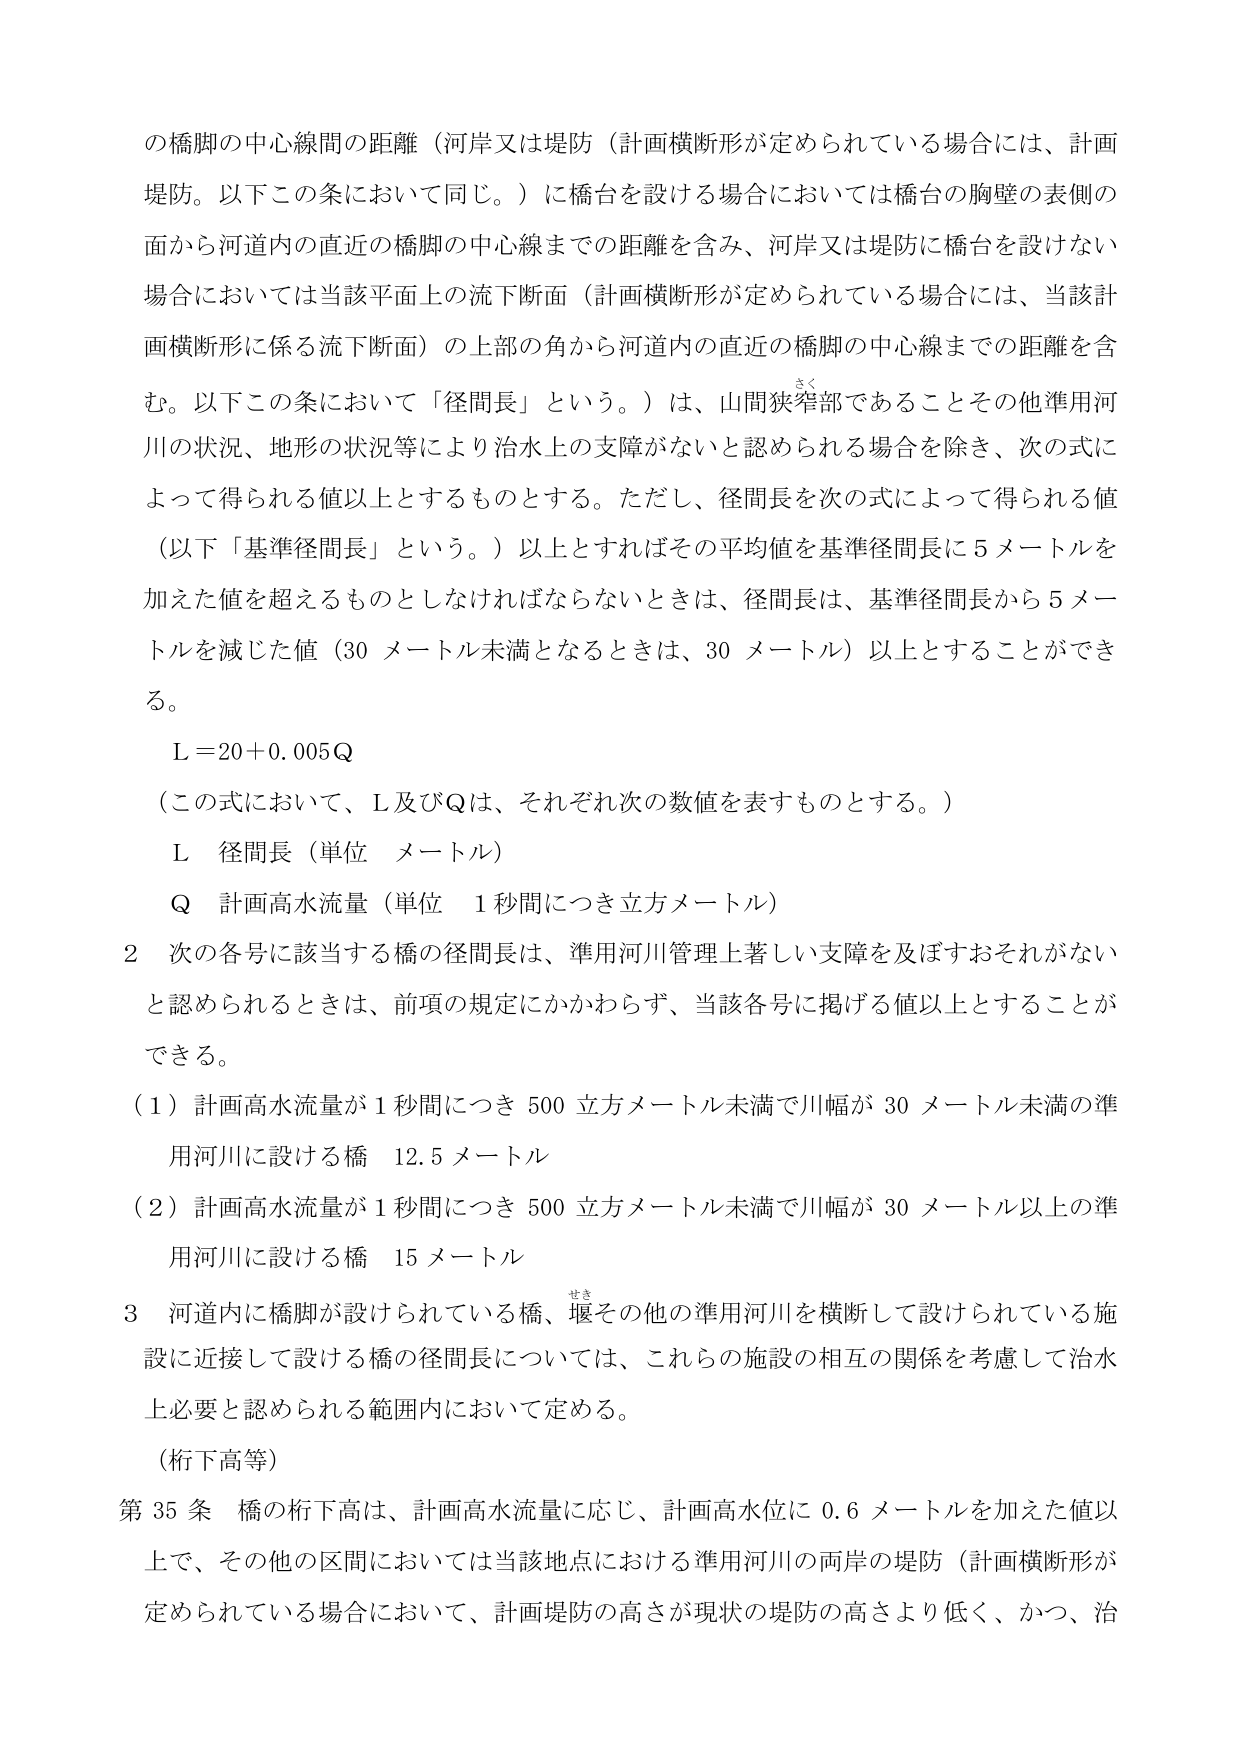
の橋脚の中心線間の距離（河岸又は堤防（計画横断形が定められている場合には、計画堤防。以下この条において同じ。）に橋台を設ける場合においては橋台の胸壁の表側の面から河道内の直近の橋脚の中心線までの距離を含み、河岸又は堤防に橋台を設けない場合においては当該平面上の流下断面（計画横断形が定められている場合には、当該計画横断形に係る流下断面）の上部の角から河道内の直近の橋脚の中心線までの距離を含む。以下この条において「径間長」という。）は、山間狭窄部であることその他準用河川の状況、地形の状況等により治水上の支障がないと認められる場合を除き、次の式によって得られる値以上とするものとする。ただし、径間長を次の式によって得られる値（以下「基準径間長」という。）以上とすればその平均値を基準径間長に5メートルを加えた値を超えるものとしなければならないときは、径間長は、基準径間長から5メートルを減じた値（30メートル未満となるときは、30メートル）以上とすることができる。

L = 20 + 0.005Q

（この式において、L及びQは、それぞれ次の数値を表すものとする。）

L 径間長（単位 メートル）

Q 計画高水流量（単位 1秒間につき立方メートル）

2 次の各号に該当する橋の径間長は、準用河川管理上著しい支障を及ぼすおそれがないと認められるときは、前項の規定にかかわらず、当該各号に掲げる値以上とすることができる。

（1）計画高水流量が1秒間につき500立方メートル未満で川幅が30メートル未満の準用河川に設ける橋 12.5メートル

（2）計画高水流量が1秒間につき500立方メートル未満で川幅が30メートル以上の準用河川に設ける橋 15メートル

3 河道内に橋脚が設けられている橋、堰その他の準用河川を横断して設けられている施設に近接して設ける橋の径間長については、これらの施設の相互の関係を考慮して治水上必要と認められる範囲内において定める。

（桁下高等）

第35条 橋の桁下高は、計画高水流量に応じ、計画高水位に0.6メートルを加えた値以上で、その他の区間においては当該地点における準用河川の両岸の堤防（計画横断形が定められている場合において、計画堤防の高さが現状の堤防の高さより低く、かつ、治